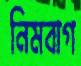
নিমবাগ